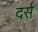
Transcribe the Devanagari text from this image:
दर्स